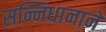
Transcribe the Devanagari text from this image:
सन्निधानाने